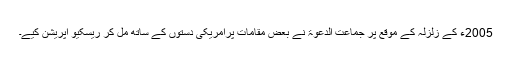
2005ء کے زلزلہ کے موقع پر جماعت الدعوۃ نے بعض مقامات پرامریکی دستوں کے ساتھ مل کر ریسکیو آپریشن کیے۔